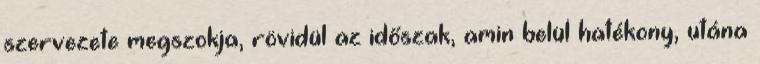
szervezete megszokja, rövidül az időszak, amin belül hatékony, utána